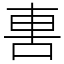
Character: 軎